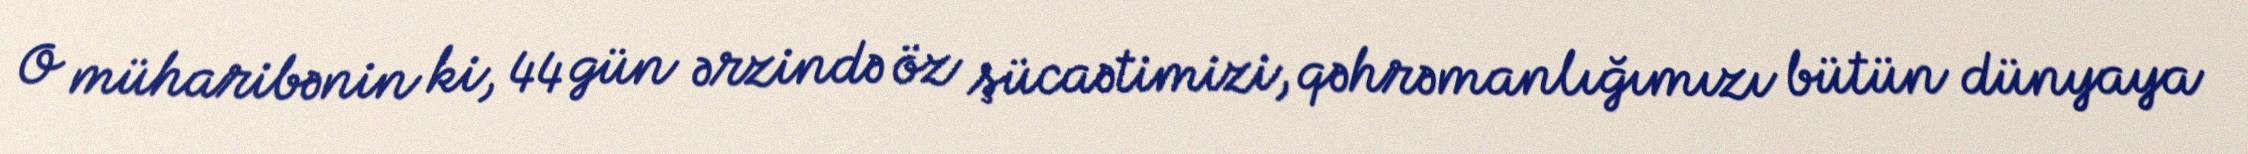
O müharibənin ki, 44 gün ərzində öz şücaətimizi, qəhrəmanlığımızı bütün dünyaya